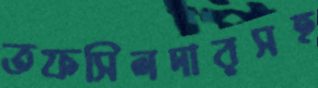
তফসিলদারসহ